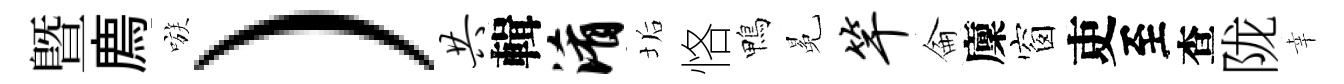
暨廌嗾）共輯淆垢恪鴨冕竿侖廩窗吏至查陇幸